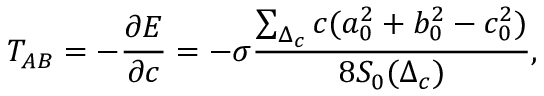
T _ { A B } = - \frac { \partial E } { \partial c } = - \sigma \frac { \sum _ { \Delta _ { c } } c ( a _ { 0 } ^ { 2 } + b _ { 0 } ^ { 2 } - c _ { 0 } ^ { 2 } ) } { 8 S _ { 0 } ( \Delta _ { c } ) } ,